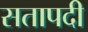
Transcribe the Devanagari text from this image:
सतापदी